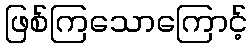
ဖြစ်ကြသောကြောင့်